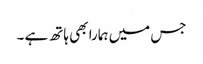
جس میں ہمارا بھی ہاتھ ہے ۔